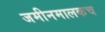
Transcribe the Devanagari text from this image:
जमीनमालकच